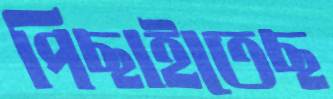
পিছাইতেছ